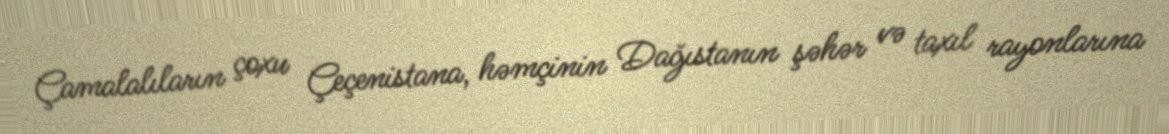
Çamalalıların çoxu Çeçenistana, həmçinin Dağıstanın şəhər və taxıl rayonlarına